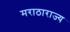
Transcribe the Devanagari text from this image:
मराठाराज्य